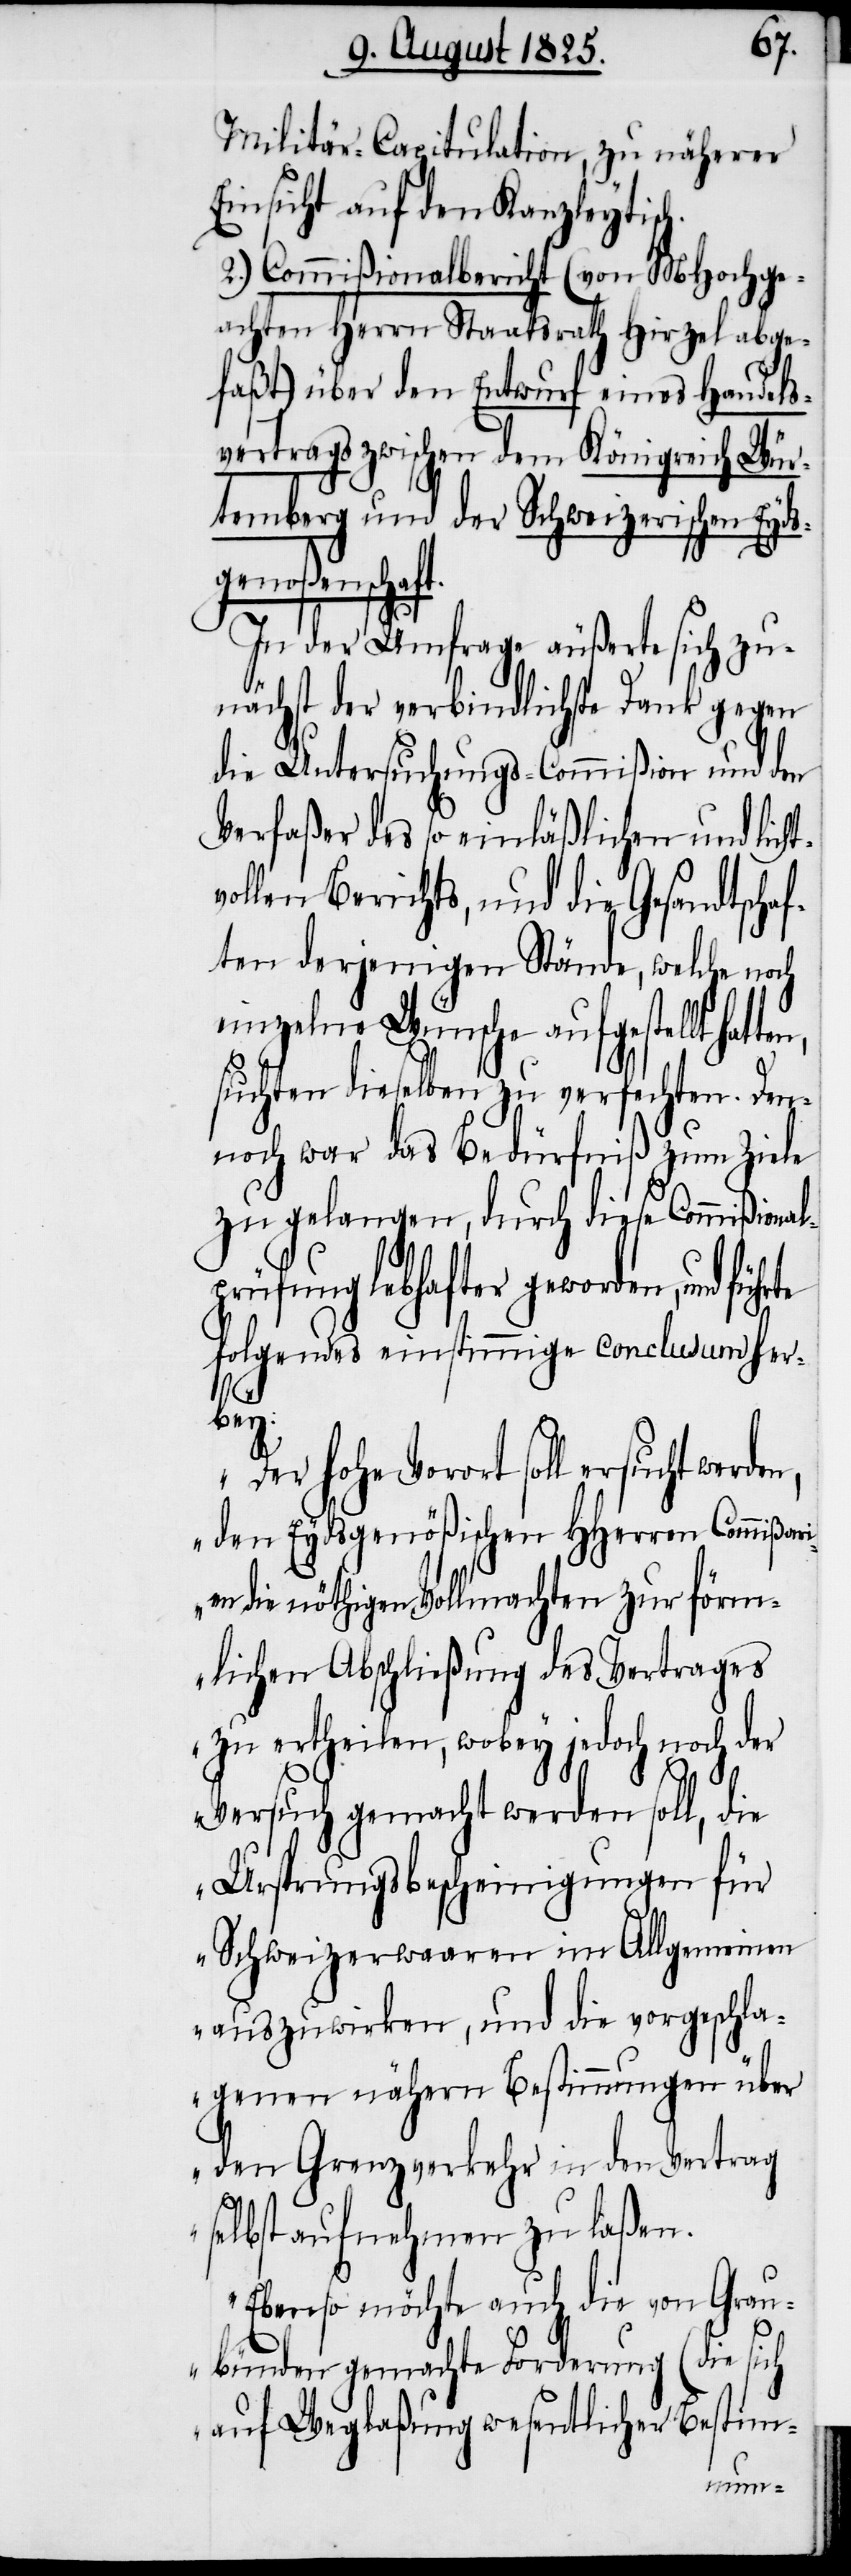
Militär-Capitulation, zu näherer
Einsicht auf den Kanzleytisch.
2.) Commißionalbericht (von MHochge¬
achten Herrn Staatsrath Hirzel abge¬
faßt) über den Entwurf eines Handels¬
vertrags zwischen dem Königreich Wür¬
temberg und der Schweizerischen Eyds¬
genoßenschaf¬
In der Umfrage äußerte sich zu¬
nächst der verbindlichste Dank gegen
die Untersuchungs-Commißion und dem
Verfaßer des so einläßlichen und lich¬
ollen Berichts, und die Gesandtschaf¬
ten derjenigen Stände, welche noch
einzelne Wünsche aufgestellt hat¬
suchten dieselbe zu verfechten. Den¬
noch war das Bedürfniß zum Ziele
zu gelangen, durch diese Commißiona¬
lprüfung lebhafter geworden, und
folgendes einstimmige conclusum her¬
tv¬
den,
„Der hohe Vorort soll ersucht wer¬
den Eydsgenößischen Hherren Commißar¬
ien die nöthigen Vollmachten zur förm¬
lichen Abschließung des Vertrages
zu ertheilen, wobey jedoch noch der
Versuch gemacht werden soll, die
Ursprungsbescheinigungen für
Schweizerwaaren im Allgemeinen
auszuwirken, und die vorgeschla¬
genen nähern Bestimmungen über
den Grenzverkehr in den Antrag
selbst aufnehmen zu laßen.
Ebenso möchte auch die von Grau¬
bünden gemachte Forderung (die sich
auf Weglaßung wesentlicher Bestim-